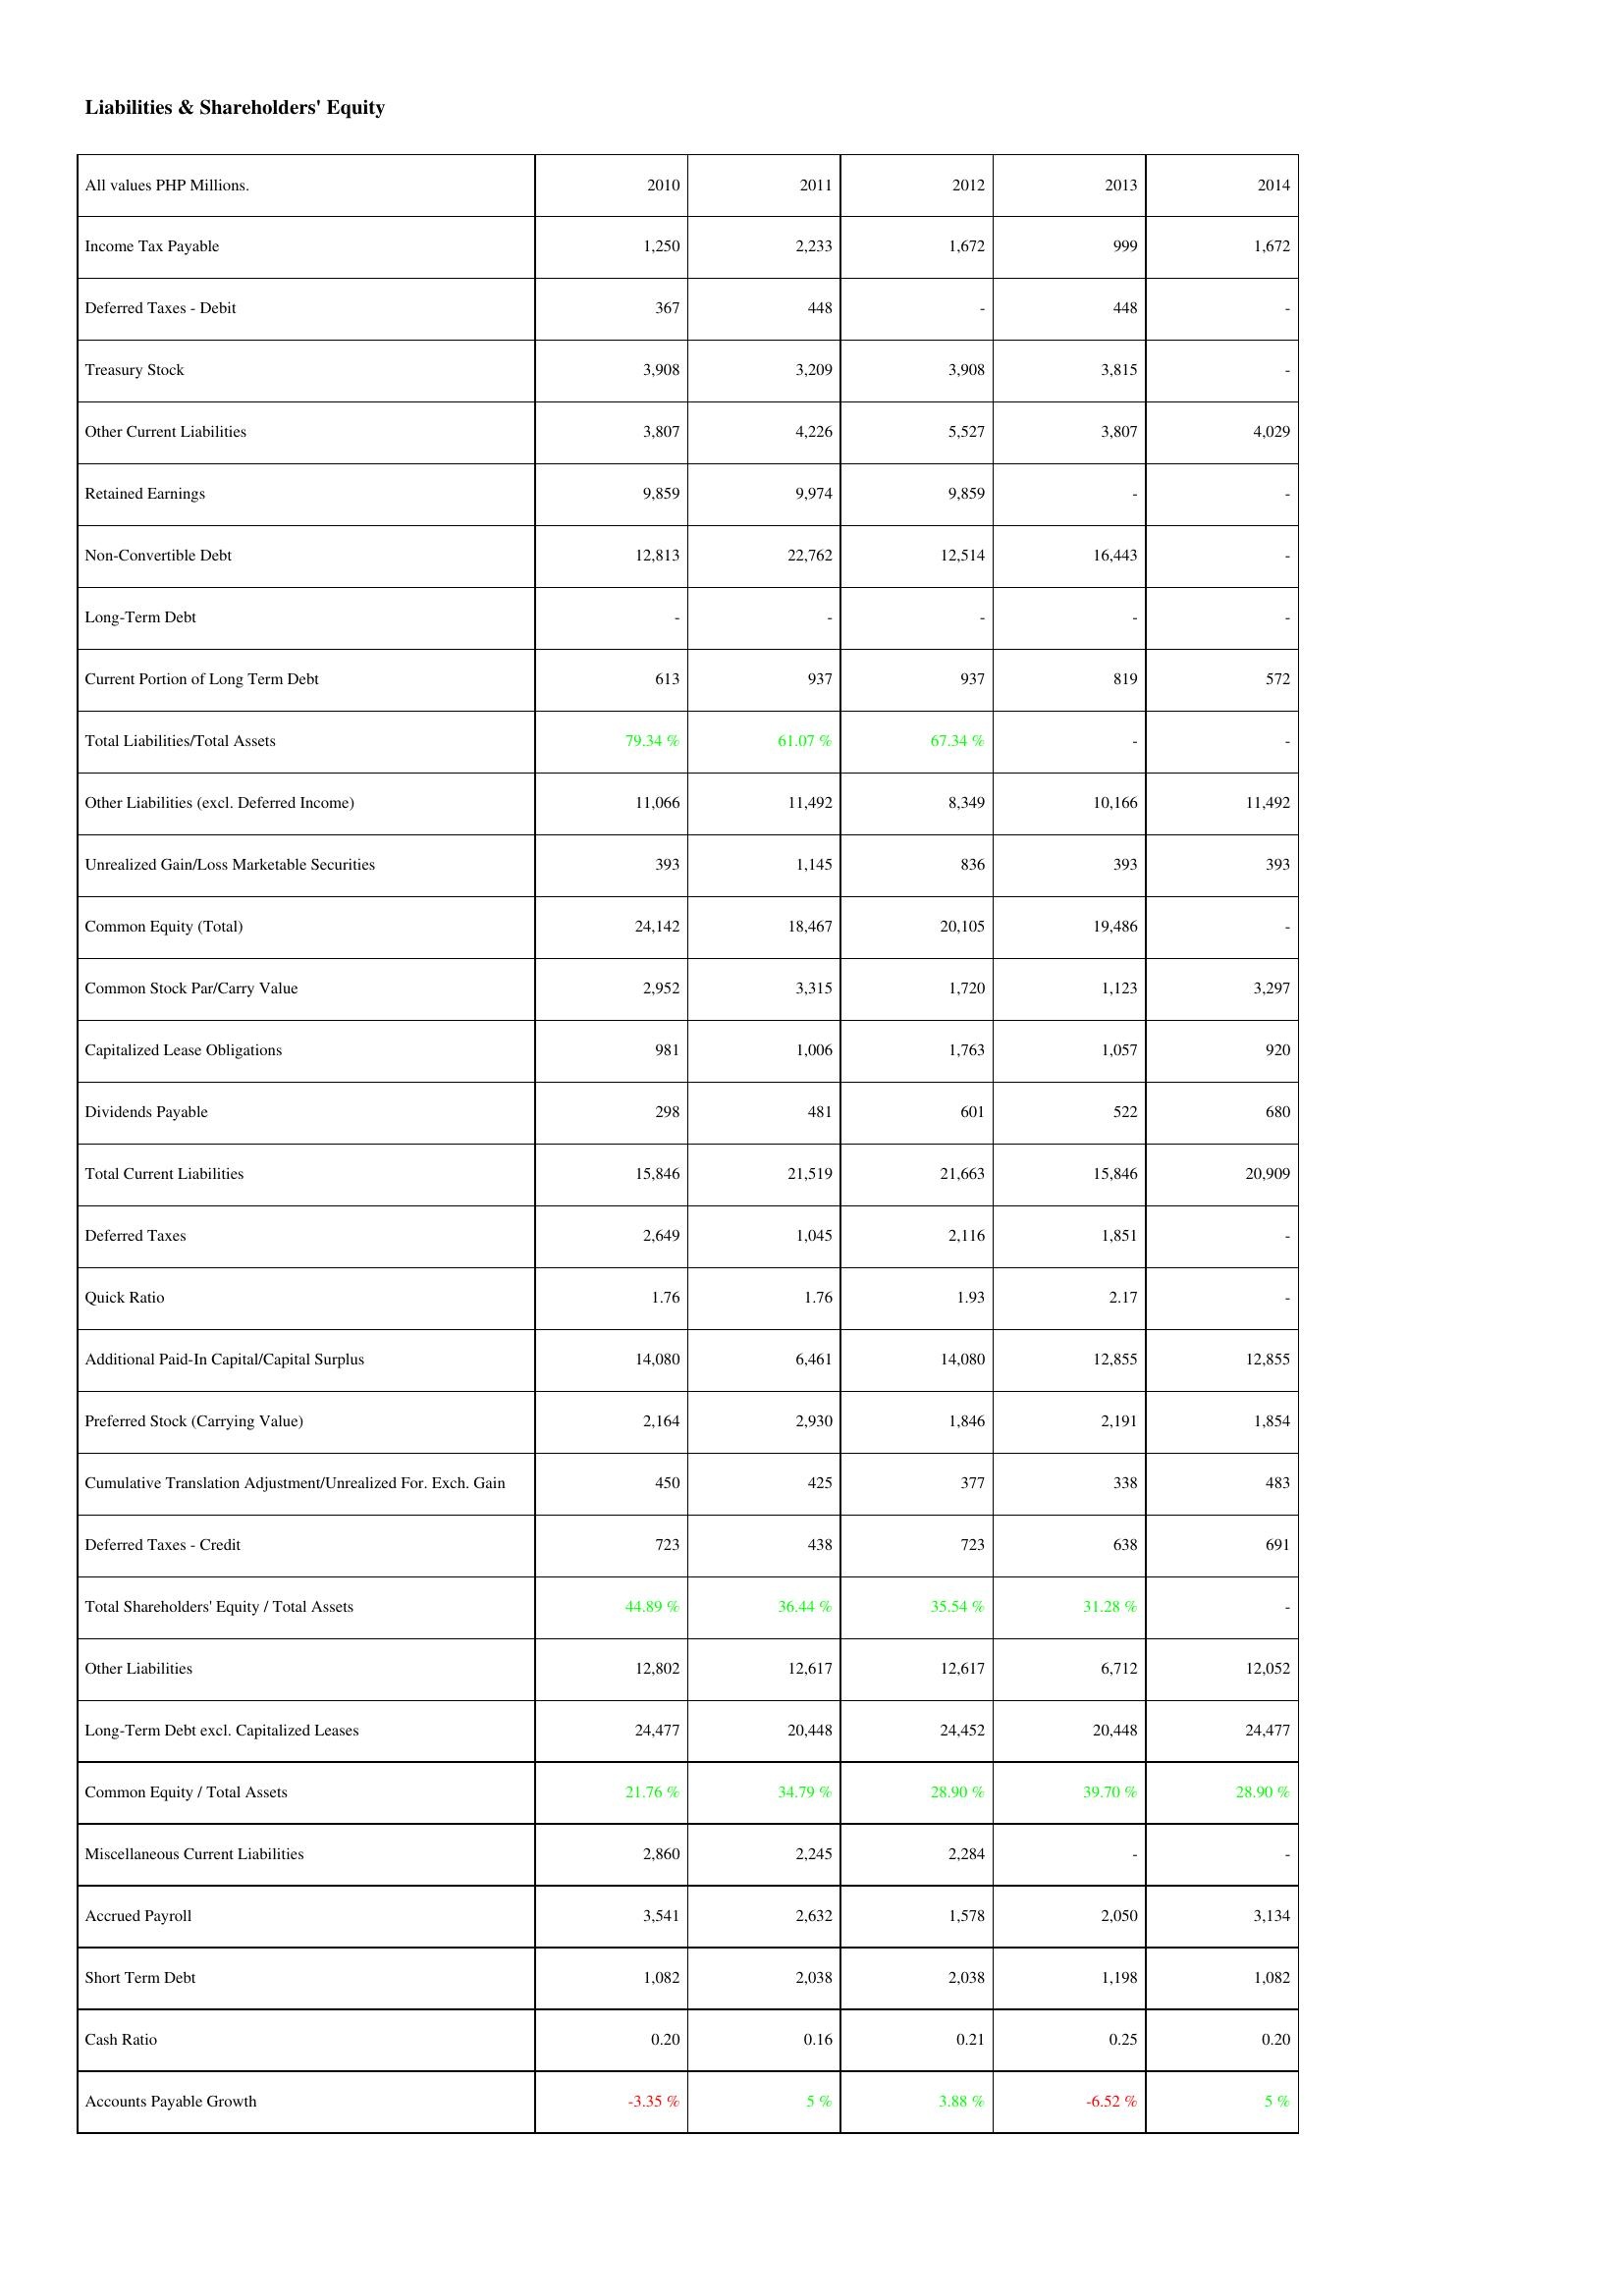
2010: Liabilities & Shareholders' Equity: Income Tax Payable: 1,250
Deferred Taxes - Debit: 367
Treasury Stock: 3,908
Other Current Liabilities: 3,807
Retained Earnings: 9,859
Non-Convertible Debt: 12,813
Long-Term Debt: -
Current Portion of Long Term Debt: 613
Total Liabilities/Total Assets: 79.34 %
Other Liabilities (excl. Deferred Income): 11,066
Unrealized Gain/Loss Marketable Securities: 393
Common Equity (Total): 24,142
Common Stock Par/Carry Value: 2,952
Capitalized Lease Obligations: 981
Dividends Payable: 298
Total Current Liabilities: 15,846
Deferred Taxes: 2,649
Quick Ratio: 1.76
Additional Paid-In Capital/Capital Surplus: 14,080
Preferred Stock (Carrying Value): 2,164
Cumulative Translation Adjustment/Unrealized For. Exch. Gain: 450
Deferred Taxes - Credit: 723
Total Shareholders' Equity / Total Assets: 44.89 %
Other Liabilities: 12,802
Long-Term Debt excl. Capitalized Leases: 24,477
Common Equity / Total Assets: 21.76 %
Miscellaneous Current Liabilities: 2,860
Accrued Payroll: 3,541
Short Term Debt: 1,082
Cash Ratio: 0.20
Accounts Payable Growth: -3.35 %
2011: Liabilities & Shareholders' Equity: Income Tax Payable: 2,233
Deferred Taxes - Debit: 448
Treasury Stock: 3,209
Other Current Liabilities: 4,226
Retained Earnings: 9,974
Non-Convertible Debt: 22,762
Long-Term Debt: -
Current Portion of Long Term Debt: 937
Total Liabilities/Total Assets: 61.07 %
Other Liabilities (excl. Deferred Income): 11,492
Unrealized Gain/Loss Marketable Securities: 1,145
Common Equity (Total): 18,467
Common Stock Par/Carry Value: 3,315
Capitalized Lease Obligations: 1,006
Dividends Payable: 481
Total Current Liabilities: 21,519
Deferred Taxes: 1,045
Quick Ratio: 1.76
Additional Paid-In Capital/Capital Surplus: 6,461
Preferred Stock (Carrying Value): 2,930
Cumulative Translation Adjustment/Unrealized For. Exch. Gain: 425
Deferred Taxes - Credit: 438
Total Shareholders' Equity / Total Assets: 36.44 %
Other Liabilities: 12,617
Long-Term Debt excl. Capitalized Leases: 20,448
Common Equity / Total Assets: 34.79 %
Miscellaneous Current Liabilities: 2,245
Accrued Payroll: 2,632
Short Term Debt: 2,038
Cash Ratio: 0.16
Accounts Payable Growth: 5 %
2012: Liabilities & Shareholders' Equity: Income Tax Payable: 1,672
Deferred Taxes - Debit: -
Treasury Stock: 3,908
Other Current Liabilities: 5,527
Retained Earnings: 9,859
Non-Convertible Debt: 12,514
Long-Term Debt: -
Current Portion of Long Term Debt: 937
Total Liabilities/Total Assets: 67.34 %
Other Liabilities (excl. Deferred Income): 8,349
Unrealized Gain/Loss Marketable Securities: 836
Common Equity (Total): 20,105
Common Stock Par/Carry Value: 1,720
Capitalized Lease Obligations: 1,763
Dividends Payable: 601
Total Current Liabilities: 21,663
Deferred Taxes: 2,116
Quick Ratio: 1.93
Additional Paid-In Capital/Capital Surplus: 14,080
Preferred Stock (Carrying Value): 1,846
Cumulative Translation Adjustment/Unrealized For. Exch. Gain: 377
Deferred Taxes - Credit: 723
Total Shareholders' Equity / Total Assets: 35.54 %
Other Liabilities: 12,617
Long-Term Debt excl. Capitalized Leases: 24,452
Common Equity / Total Assets: 28.90 %
Miscellaneous Current Liabilities: 2,284
Accrued Payroll: 1,578
Short Term Debt: 2,038
Cash Ratio: 0.21
Accounts Payable Growth: 3.88 %
2013: Liabilities & Shareholders' Equity: Income Tax Payable: 999
Deferred Taxes - Debit: 448
Treasury Stock: 3,815
Other Current Liabilities: 3,807
Retained Earnings: -
Non-Convertible Debt: 16,443
Long-Term Debt: -
Current Portion of Long Term Debt: 819
Total Liabilities/Total Assets: -
Other Liabilities (excl. Deferred Income): 10,166
Unrealized Gain/Loss Marketable Securities: 393
Common Equity (Total): 19,486
Common Stock Par/Carry Value: 1,123
Capitalized Lease Obligations: 1,057
Dividends Payable: 522
Total Current Liabilities: 15,846
Deferred Taxes: 1,851
Quick Ratio: 2.17
Additional Paid-In Capital/Capital Surplus: 12,855
Preferred Stock (Carrying Value): 2,191
Cumulative Translation Adjustment/Unrealized For. Exch. Gain: 338
Deferred Taxes - Credit: 638
Total Shareholders' Equity / Total Assets: 31.28 %
Other Liabilities: 6,712
Long-Term Debt excl. Capitalized Leases: 20,448
Common Equity / Total Assets: 39.70 %
Miscellaneous Current Liabilities: -
Accrued Payroll: 2,050
Short Term Debt: 1,198
Cash Ratio: 0.25
Accounts Payable Growth: -6.52 %
2014: Liabilities & Shareholders' Equity: Income Tax Payable: 1,672
Deferred Taxes - Debit: -
Treasury Stock: -
Other Current Liabilities: 4,029
Retained Earnings: -
Non-Convertible Debt: -
Long-Term Debt: -
Current Portion of Long Term Debt: 572
Total Liabilities/Total Assets: -
Other Liabilities (excl. Deferred Income): 11,492
Unrealized Gain/Loss Marketable Securities: 393
Common Equity (Total): -
Common Stock Par/Carry Value: 3,297
Capitalized Lease Obligations: 920
Dividends Payable: 680
Total Current Liabilities: 20,909
Deferred Taxes: -
Quick Ratio: -
Additional Paid-In Capital/Capital Surplus: 12,855
Preferred Stock (Carrying Value): 1,854
Cumulative Translation Adjustment/Unrealized For. Exch. Gain: 483
Deferred Taxes - Credit: 691
Total Shareholders' Equity / Total Assets: -
Other Liabilities: 12,052
Long-Term Debt excl. Capitalized Leases: 24,477
Common Equity / Total Assets: 28.90 %
Miscellaneous Current Liabilities: -
Accrued Payroll: 3,134
Short Term Debt: 1,082
Cash Ratio: 0.20
Accounts Payable Growth: 5 %